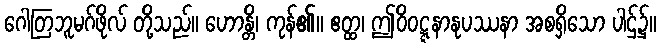
ဂေါတြဘူမဂ်ဖိုလ် တို့သည်။ ဟောန္တိ၊ ကုန်၏။ ဧတ္ထ၊ ဤဝိဝဋ္ဋနာနုပဿနာ အစရှိသော ပါဌ်၌။